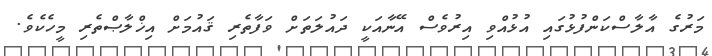
މަރުގެ އާލާސްކަންފުޅުގައި އުޅުއްވި އިރުވެސް އޭނާއަކީ ދައުލަތަށް ވަފާތެރި ޤައުމަށް އިޚްލާޞްތެރި މީހެކެވެ.